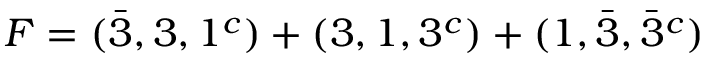
F = ( \bar { 3 } , 3 , 1 ^ { c } ) + ( 3 , 1 , 3 ^ { c } ) + ( 1 , \bar { 3 } , \bar { 3 } ^ { c } )